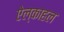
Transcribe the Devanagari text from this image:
ऐल्काहल